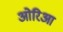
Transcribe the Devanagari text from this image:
ओरिआ